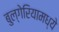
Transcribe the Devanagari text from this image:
बुल्गेरियामध्ये